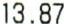
13.87